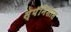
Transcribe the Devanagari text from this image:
स्पॅनिशांस